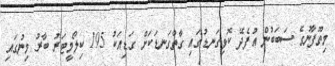
މިތޫފާނުގެ ސަބަބުން އުފެދޭ ކޮޅިގަނޑުގައި ގާތްގަނޑަކަށް ގަޑިއަކު 195 ކިލޯމީޓަރު ބާރު މިނުގައި